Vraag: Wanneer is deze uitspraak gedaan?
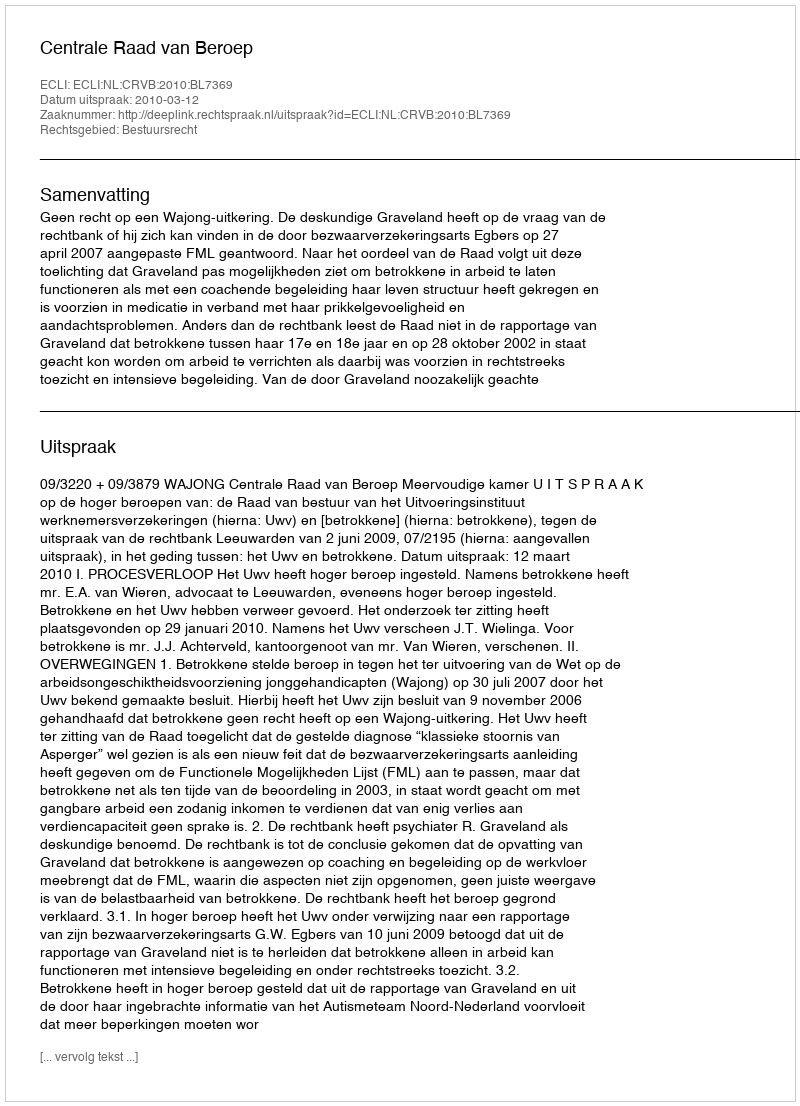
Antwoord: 2010-03-12